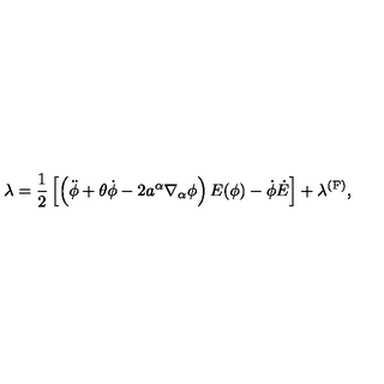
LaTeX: \lambda = \frac { 1 } { 2 } \left[ \left( \ddot { \phi } + \theta \dot { \phi } - 2 a ^ { \alpha } \nabla _ { \alpha } \phi \right) E ( \phi ) - \dot { \phi } \dot { E } \right] + \lambda ^ { \mathrm { ( F ) } } ,